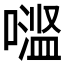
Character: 𱔬